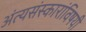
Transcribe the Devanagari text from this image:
अंत्यसंस्कारांविषयी